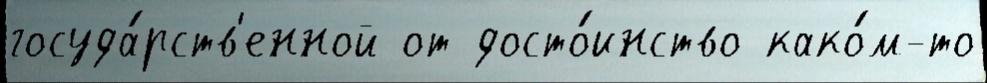
госуда́рств'енной от досто́инство како́м-то